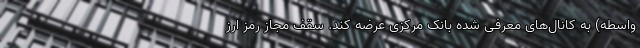
واسطه) به کانال‌های معرفی شده بانک مرکزی عرضه کند. سقف مجاز رمز ارز